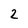
Character: 2